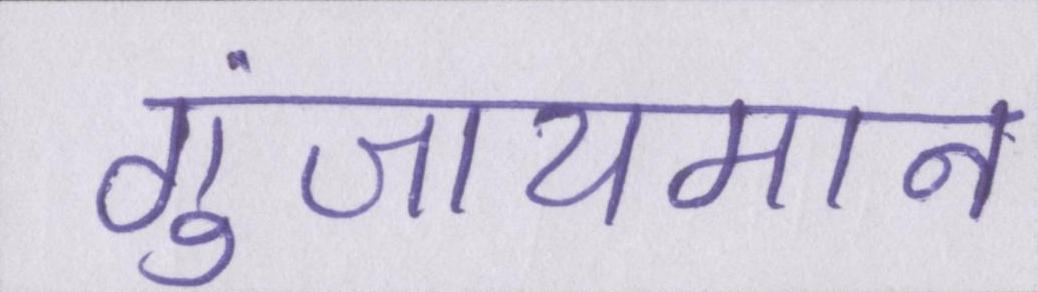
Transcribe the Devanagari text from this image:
गुंजायमान